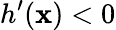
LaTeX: h^{\prime}(\mathbf{x})<0